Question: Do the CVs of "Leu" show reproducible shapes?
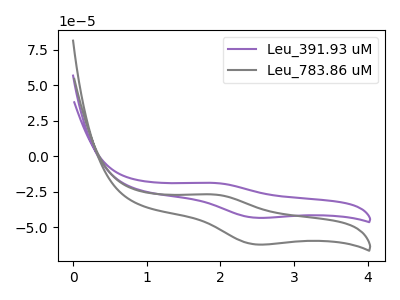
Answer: <think>The purple curve "Leu_391.93 uM" has an anodic peak at (1.90V, -18.80uA) and a cathodic peak at (2.50V, -43.35uA). The gray curve "Leu_783.86 uM" has an anodic peak at (1.90V, -26.90uA) and a cathodic peak at (2.50V, -62.15uA).
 All the peaks in "Leu_391.93 uM" have a peak in "Leu_783.86 uM" at the same potential.</think>
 <answer>All the CV's of "Leu" have similar shape.</answer>
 <eval>follow_rule</eval>